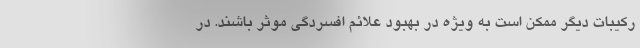
رکیبات دیگر ممکن است به ویژه در بهبود علائم افسردگی موثر باشند. در